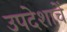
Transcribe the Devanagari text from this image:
उपदेशाचें